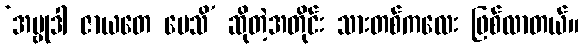
‘အဗ္ဗုဒါ ဇာယတေ ပေသိ’ ဆိုတဲ့အတိုင်း သားတစ်ကလေး ဖြစ်လာတယ်။